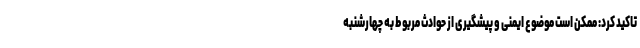
تاکید کرد: ممکن است موضوع ایمنی و پیشگیری از حوادث مربوط به چهارشنبه